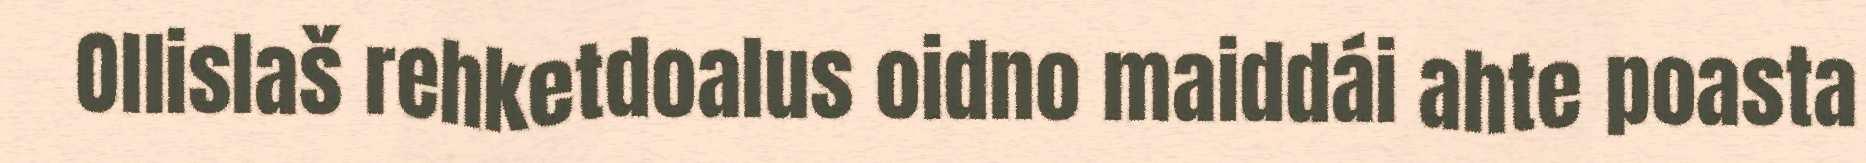
Ollislaš rehketdoalus oidno maiddái ahte poasta